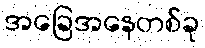
အခြေအနေတစ်ခု